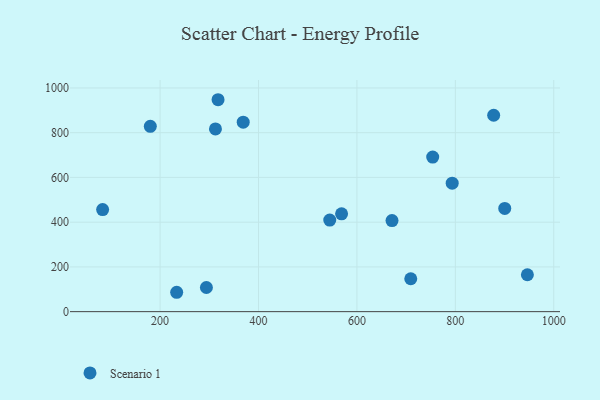
{"axis": {"x": "Price", "y": "Sales"}, "legend": ["Scenario 1"], "data": [{"x": "671.3", "y": 407.0, "type": "Scenario 1"}, {"x": "317.8", "y": 947.3, "type": "Scenario 1"}, {"x": "312.5", "y": 816.6, "type": "Scenario 1"}, {"x": "900.4", "y": 461.2, "type": "Scenario 1"}, {"x": "877.9", "y": 877.9, "type": "Scenario 1"}, {"x": "709.4", "y": 147.1, "type": "Scenario 1"}, {"x": "83.2", "y": 456.1, "type": "Scenario 1"}, {"x": "294.1", "y": 107.9, "type": "Scenario 1"}, {"x": "368.9", "y": 846.8, "type": "Scenario 1"}, {"x": "568.8", "y": 437.4, "type": "Scenario 1"}, {"x": "793.6", "y": 574.2, "type": "Scenario 1"}, {"x": "233.7", "y": 86.6, "type": "Scenario 1"}, {"x": "754.0", "y": 690.8, "type": "Scenario 1"}, {"x": "946.4", "y": 165.0, "type": "Scenario 1"}, {"x": "180.1", "y": 828.3, "type": "Scenario 1"}, {"x": "544.8", "y": 409.4, "type": "Scenario 1"}]}